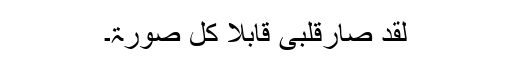
لقد صارقلبی قابلاً کل صورۃ۔